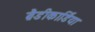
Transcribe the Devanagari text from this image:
ब्रैडीकार्डिया